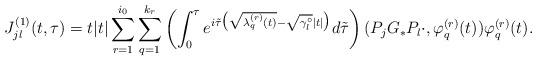
LaTeX: \begin{align*} J^{(1)}_{jl} (t, \tau) = t |t| \sum_{r=1}^{i_0} \sum_{q=1}^{k_r} \left( \int_0^{\tau} e^{i \tilde{\tau} \bigl( \sqrt{ \mathstrut \lambda^{(r)}_q (t)}-\sqrt{\mathstrut \gamma^{\circ}_l} |t|\bigr) } d \tilde{\tau} \right) ( P_j G_* P_l \cdot, \varphi^{(r)}_{q}(t))\varphi^{(r)}_{q}(t).\end{align*}